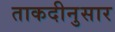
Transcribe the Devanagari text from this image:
ताकदीनुसार